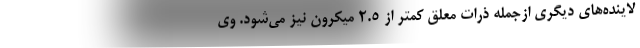
لاینده‌های دیگری ازجمله ذرات معلق کمتر از ۲.۵ میکرون نیز می‌شود. وی